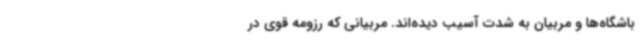
باشگاه‌ها و مربیان به شدت آسیب دیده‌اند. مربیانی که رزومه‌ قوی در